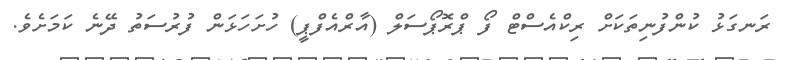
ރަނގަޅު ކުންފުނިތަކަށް ރިކްއެސްޓް ފޯ ޕްރޮޕޯސަލް (އާރްއެފްޕީ) ހުށަހަޅަން ފުރުސަތު ދޭނެ ކަމަށެވެ.